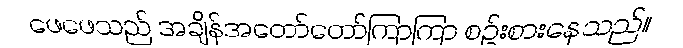
ဖေဖေသည် အချိန်အတော်တော်ကြာကြာ စဉ်းစားနေသည်။